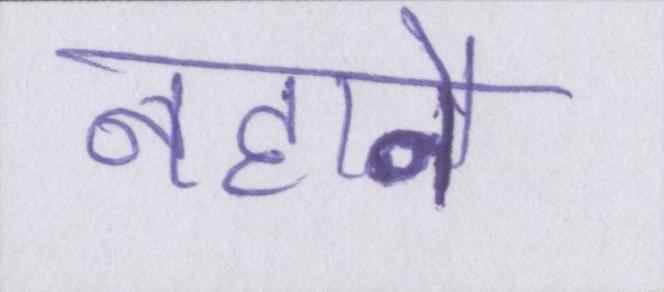
नहाने